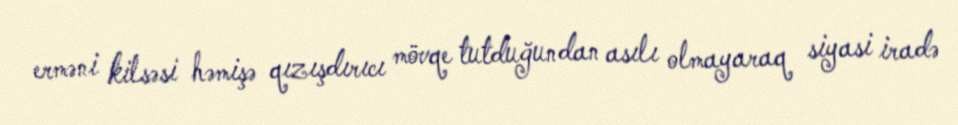
erməni kilsəsi həmişə qızışdırıcı mövqe tutduğundan asılı olmayaraq siyasi iradə